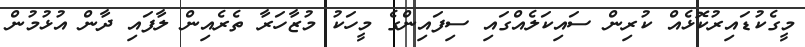
މީގެކުޑައިރުކޮޅެއް ކުރިން ސައިކަލެއްގައި ސިފައިންގެ މީހަކު މުޒާހަރާ ތެރެއިން ލާފައި ދާން އުޅުމުން